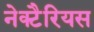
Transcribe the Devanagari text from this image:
नेक्टैरियस